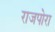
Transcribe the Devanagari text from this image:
राजपोरा